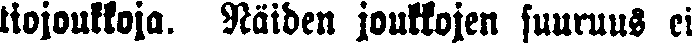
tiojoukkoja. Näiden joukkojen suuruus ei